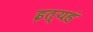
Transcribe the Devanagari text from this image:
इत्यहं